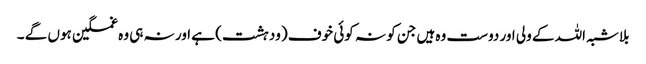
بلاشبہ اللہ کے ولی اور دوست وہ ہیں جن کو نہ کوئی خوف (ودہشت) ہے اور نہ ہی وہ غمگین ہوں گے ۔